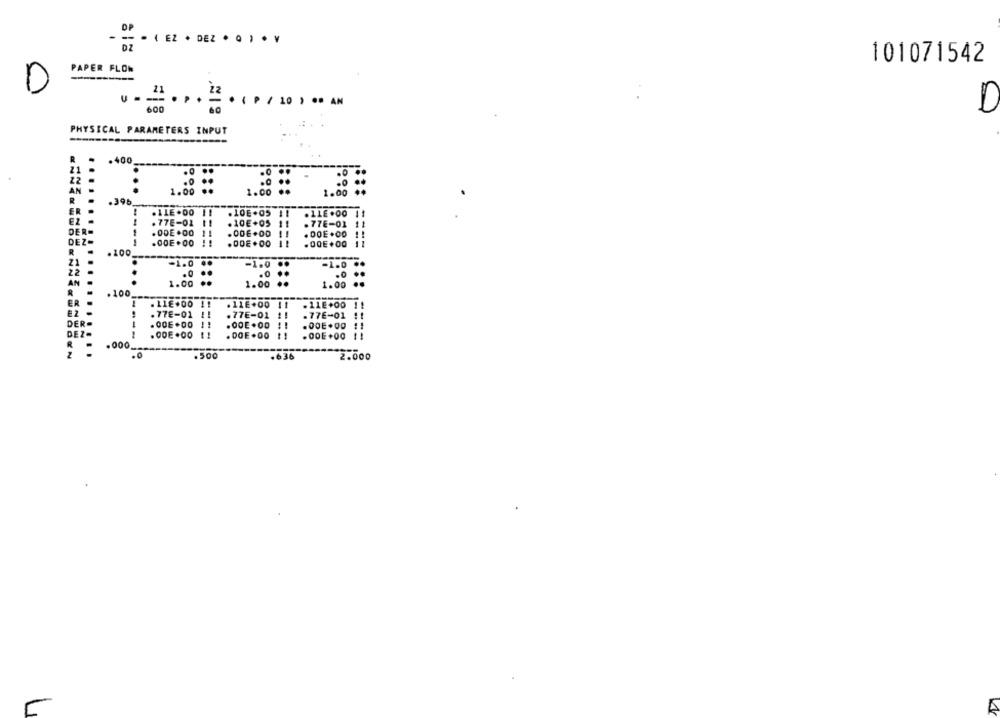
-- . ( EZ · DEZ * Q ) · ¥
DZ
101071542
PAPER FLOW
-------
D
21
600
. ( ₱ / 10 ) ** AN
1
PHYSICAL PARAMETERS INPUT
R
. . 400
21 -
.0
.º
22 -
AN -
..
1.00
1.00
R
.396
ER
.11E .00 !!
.10E+05 !!
. 11E .00 1
EZ -
77E-01
.10€+05
.77E-01
DER-
.ODE .00
.ODE.OD
. DOE .CO
DEZ-
----
.00E.00
R
. 100
21
-1.0
-1.0
-1.0
.0
...
.0
..
.. ..
AN
1.00
1.00
1.00
.100
ER
.118+00 11
.11E+00 11
.11E+00 1
. 77E-01 !!
.77E-01 !!
.77E-01 !!
DER-
.OOE .00
DEZ-
----
.GOE .00 11
.DOE.00
.ODE+00
R
.000.
.0
.500
.636
2.000